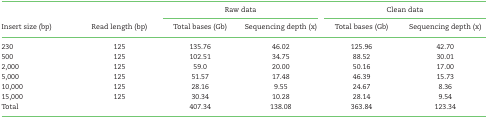
|  |  | <COLSPAN=2> Raw data | <COLSPAN=2> Clean data |
 | Insert size (bp) | Read length (bp) | Total bases (Gb) | Sequencing depth (x) | Total bases (Gb) | Sequencing depth (x) |
 | --- | --- | --- | --- | --- | --- |
 | 230 | 125 | 135.76 | 46.02 | 125.96 | 42.70 |
 | 500 | 125 | 102.51 | 34.75 | 88.52 | 30.01 |
 | 2,000 | 125 | 59.0 | 20.00 | 50.16 | 17.00 |
 | 5,000 | 125 | 51.57 | 17.48 | 46.39 | 15.73 |
 | 10,000 | 125 | 28.16 | 9.55 | 24.67 | 8.36 |
 | 15,000 | 125 | 30.34 | 10.28 | 28.14 | 9.54 |
 | Total |  | 407.34 | 138.08 | 363.84 | 123.34 |